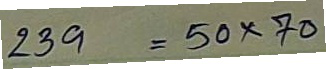
239 = 50 x 70